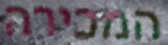
המכירה